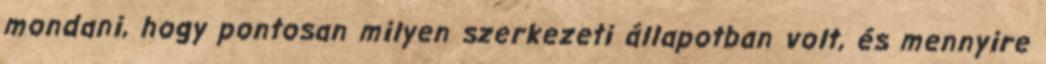
mondani, hogy pontosan milyen szerkezeti állapotban volt, és mennyire